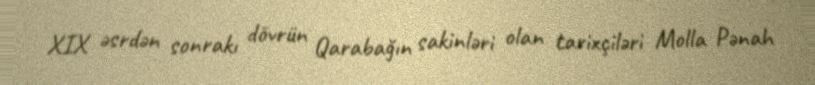
XIX əsrdən sonrakı dövrün Qarabağın sakinləri olan tarixçiləri Molla Pənah